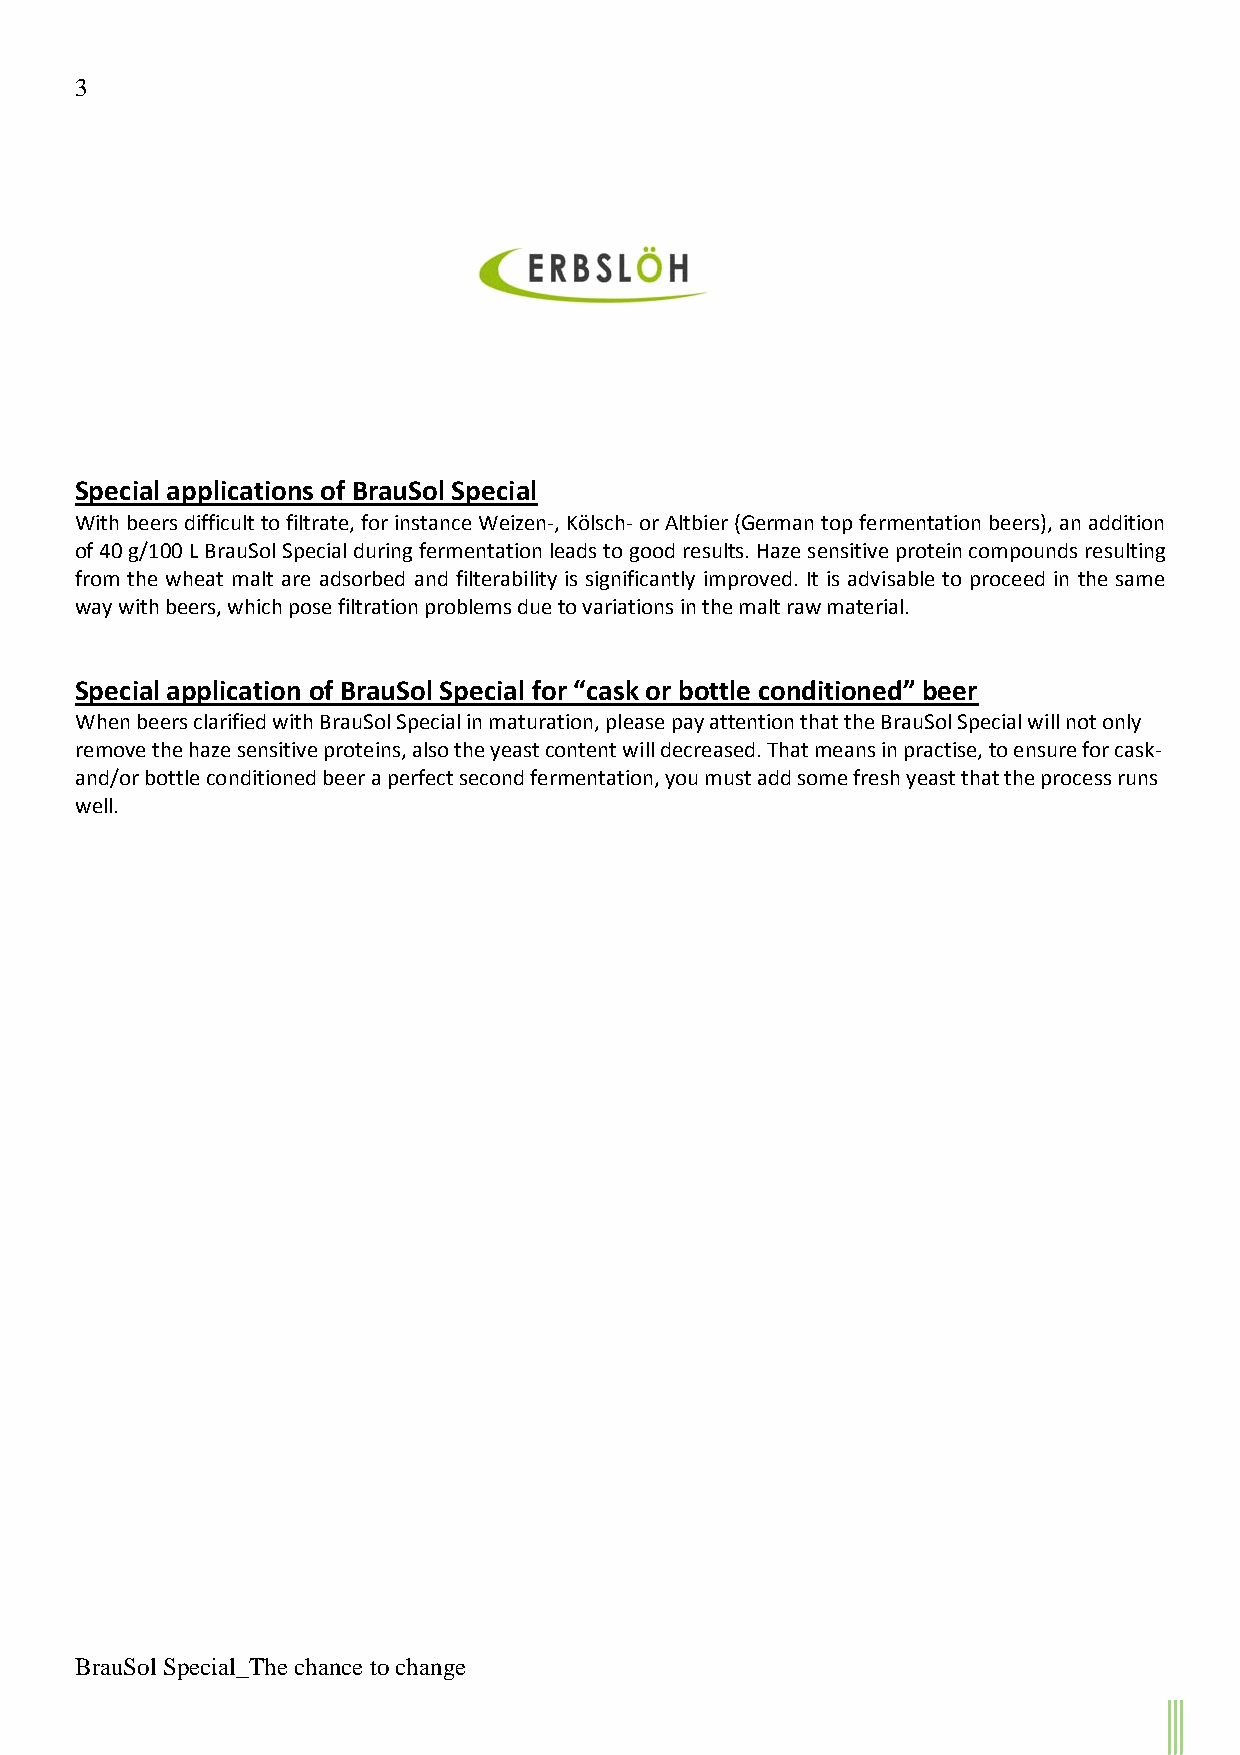
3
 Special applications of BrauSol Special
 With beers difficult to filtrate, for instance Weizen-, Kölsch- or Altbier (German top fermentation beers), an addition
 of 40 g/100 L BrauSol Special during fermentation leads to good results. Haze sensitive protein compounds resulting
 from the wheat malt are adsorbed and filterability is significantly improved. It is advisable to proceed in the same
 way with beers, which pose filtration problems due to variations in the malt raw material.
 Special application of BrauSol Special for “cask or bottle conditioned” beer
 When beers clarified with BrauSol Special in maturation, please pay attention that the BrauSol Special will not only
 remove the haze sensitive proteins, also the yeast content will decreased. That means in practise, to ensure for cask-
 and/or bottle conditioned beer a perfect second fermentation, you must add some fresh yeast that the process runs
 well.
 BrauSol Special_The chance to change